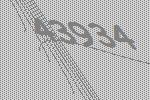
43934